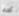
أخرجا